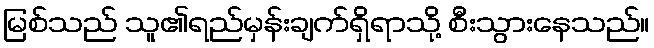
မြစ်သည် သူ၏ရည်မှန်းချက်ရှိရာသို့ စီးသွားနေသည်။